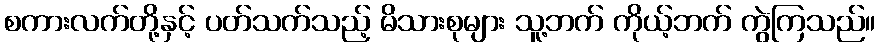
စကားလက်တို့နှင့် ပတ်သက်သည့် မိသားစုများ သူ့ဘက် ကိုယ့်ဘက် ကွဲကြသည်။